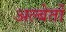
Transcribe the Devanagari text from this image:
अल्बेर्तो